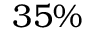
3 5 \%